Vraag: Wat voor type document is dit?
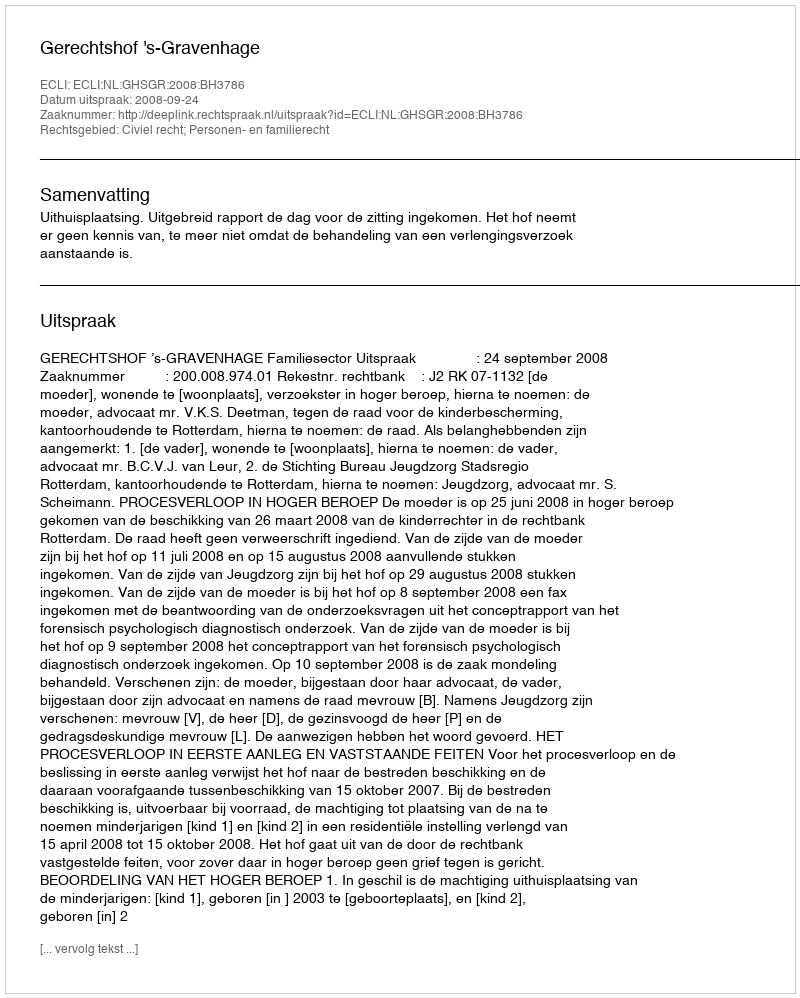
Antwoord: Uitspraak